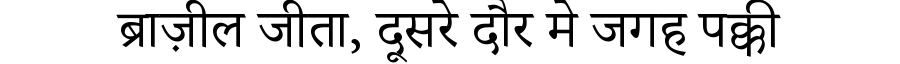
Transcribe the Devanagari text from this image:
ब्राज़ील जीता, दूसरे दौर मे जगह पक्की